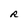
Character: R